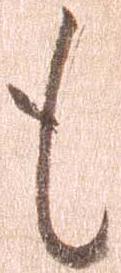
も